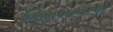
જિમખાનાએ